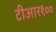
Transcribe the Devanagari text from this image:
टीआर१००